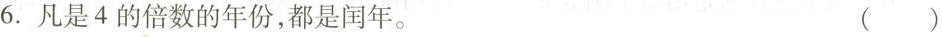
6.凡是4的倍数的年份，都是闰年。 ()